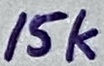
Text: 15k